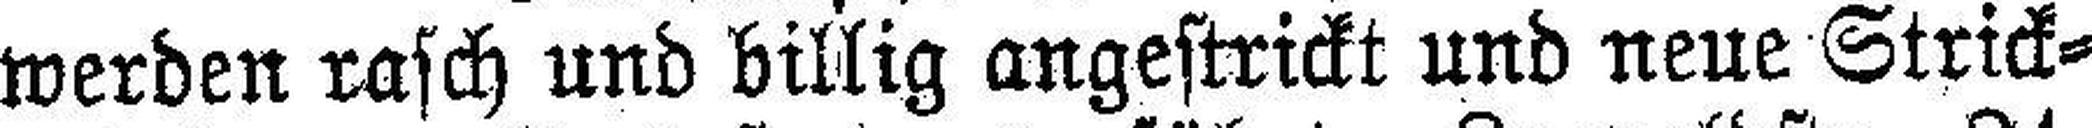
werden rasch und billig angestrickt und neue Strick¬